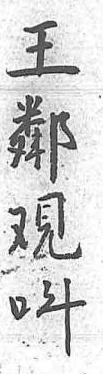
王呌鄰 覌